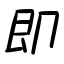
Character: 即